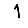
Digit: 1